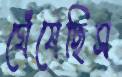
ঘেঁষেছিস